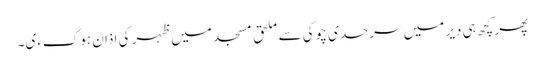
پھر کچھ ہی دیر میں سرحدی چوکی سے ملحق مسجد میں ظہر کی اذان ہوگءی۔